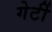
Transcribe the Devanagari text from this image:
गेर्टी